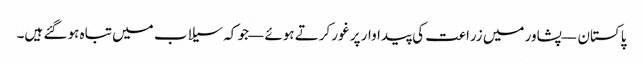
پاکستان — پشاور میں زراعت کی پیداوار پر غور کرتے ہوئے — جو کہ سیلاب میں تباہ ہو گئے ہیں۔